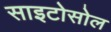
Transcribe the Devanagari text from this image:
साइटोसोल